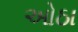
ઓઠા